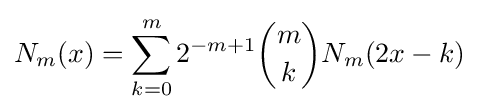
N_{m}(x)=\sum _{k=0}^{m}2^{-m+1}{m \choose k}N_{m}(2x-k)